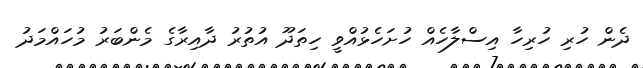
ދެން ހުރި ހުރިހާ އިސްލާހެއް ހުށަހެޅުއްވީ ހިތަދޫ އުތުރު ދާއިރާގެ މެންބަރު މުހައްމަދު